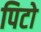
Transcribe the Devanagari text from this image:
पिटो